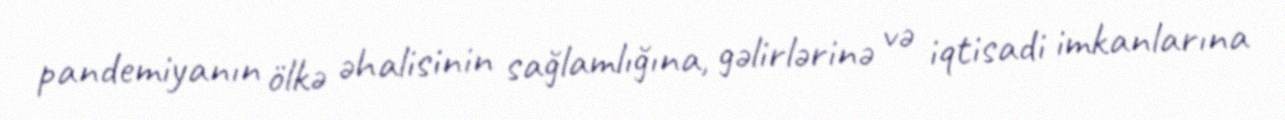
pandemiyanın ölkə əhalisinin sağlamlığına, gəlirlərinə və iqtisadi imkanlarına